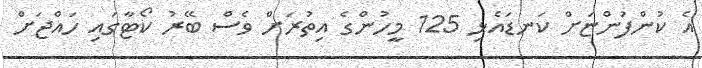
އެ ކުންފުންޏަށް ކަނޑައެޅި 125 މީހުންގެ އިތުރަށް ވެސް ބޭރު ކޯޓާގައި ހައްޖަށް